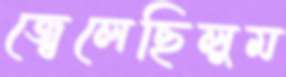
জ্বেলেছিলুম